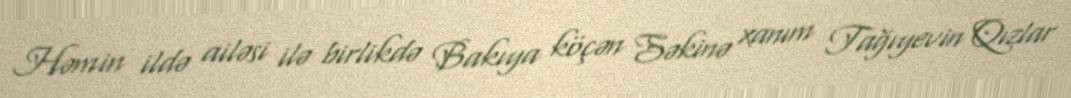
Həmin ildə ailəsi ilə birlikdə Bakıya köçən Səkinə xanım Tağıyevin Qızlar